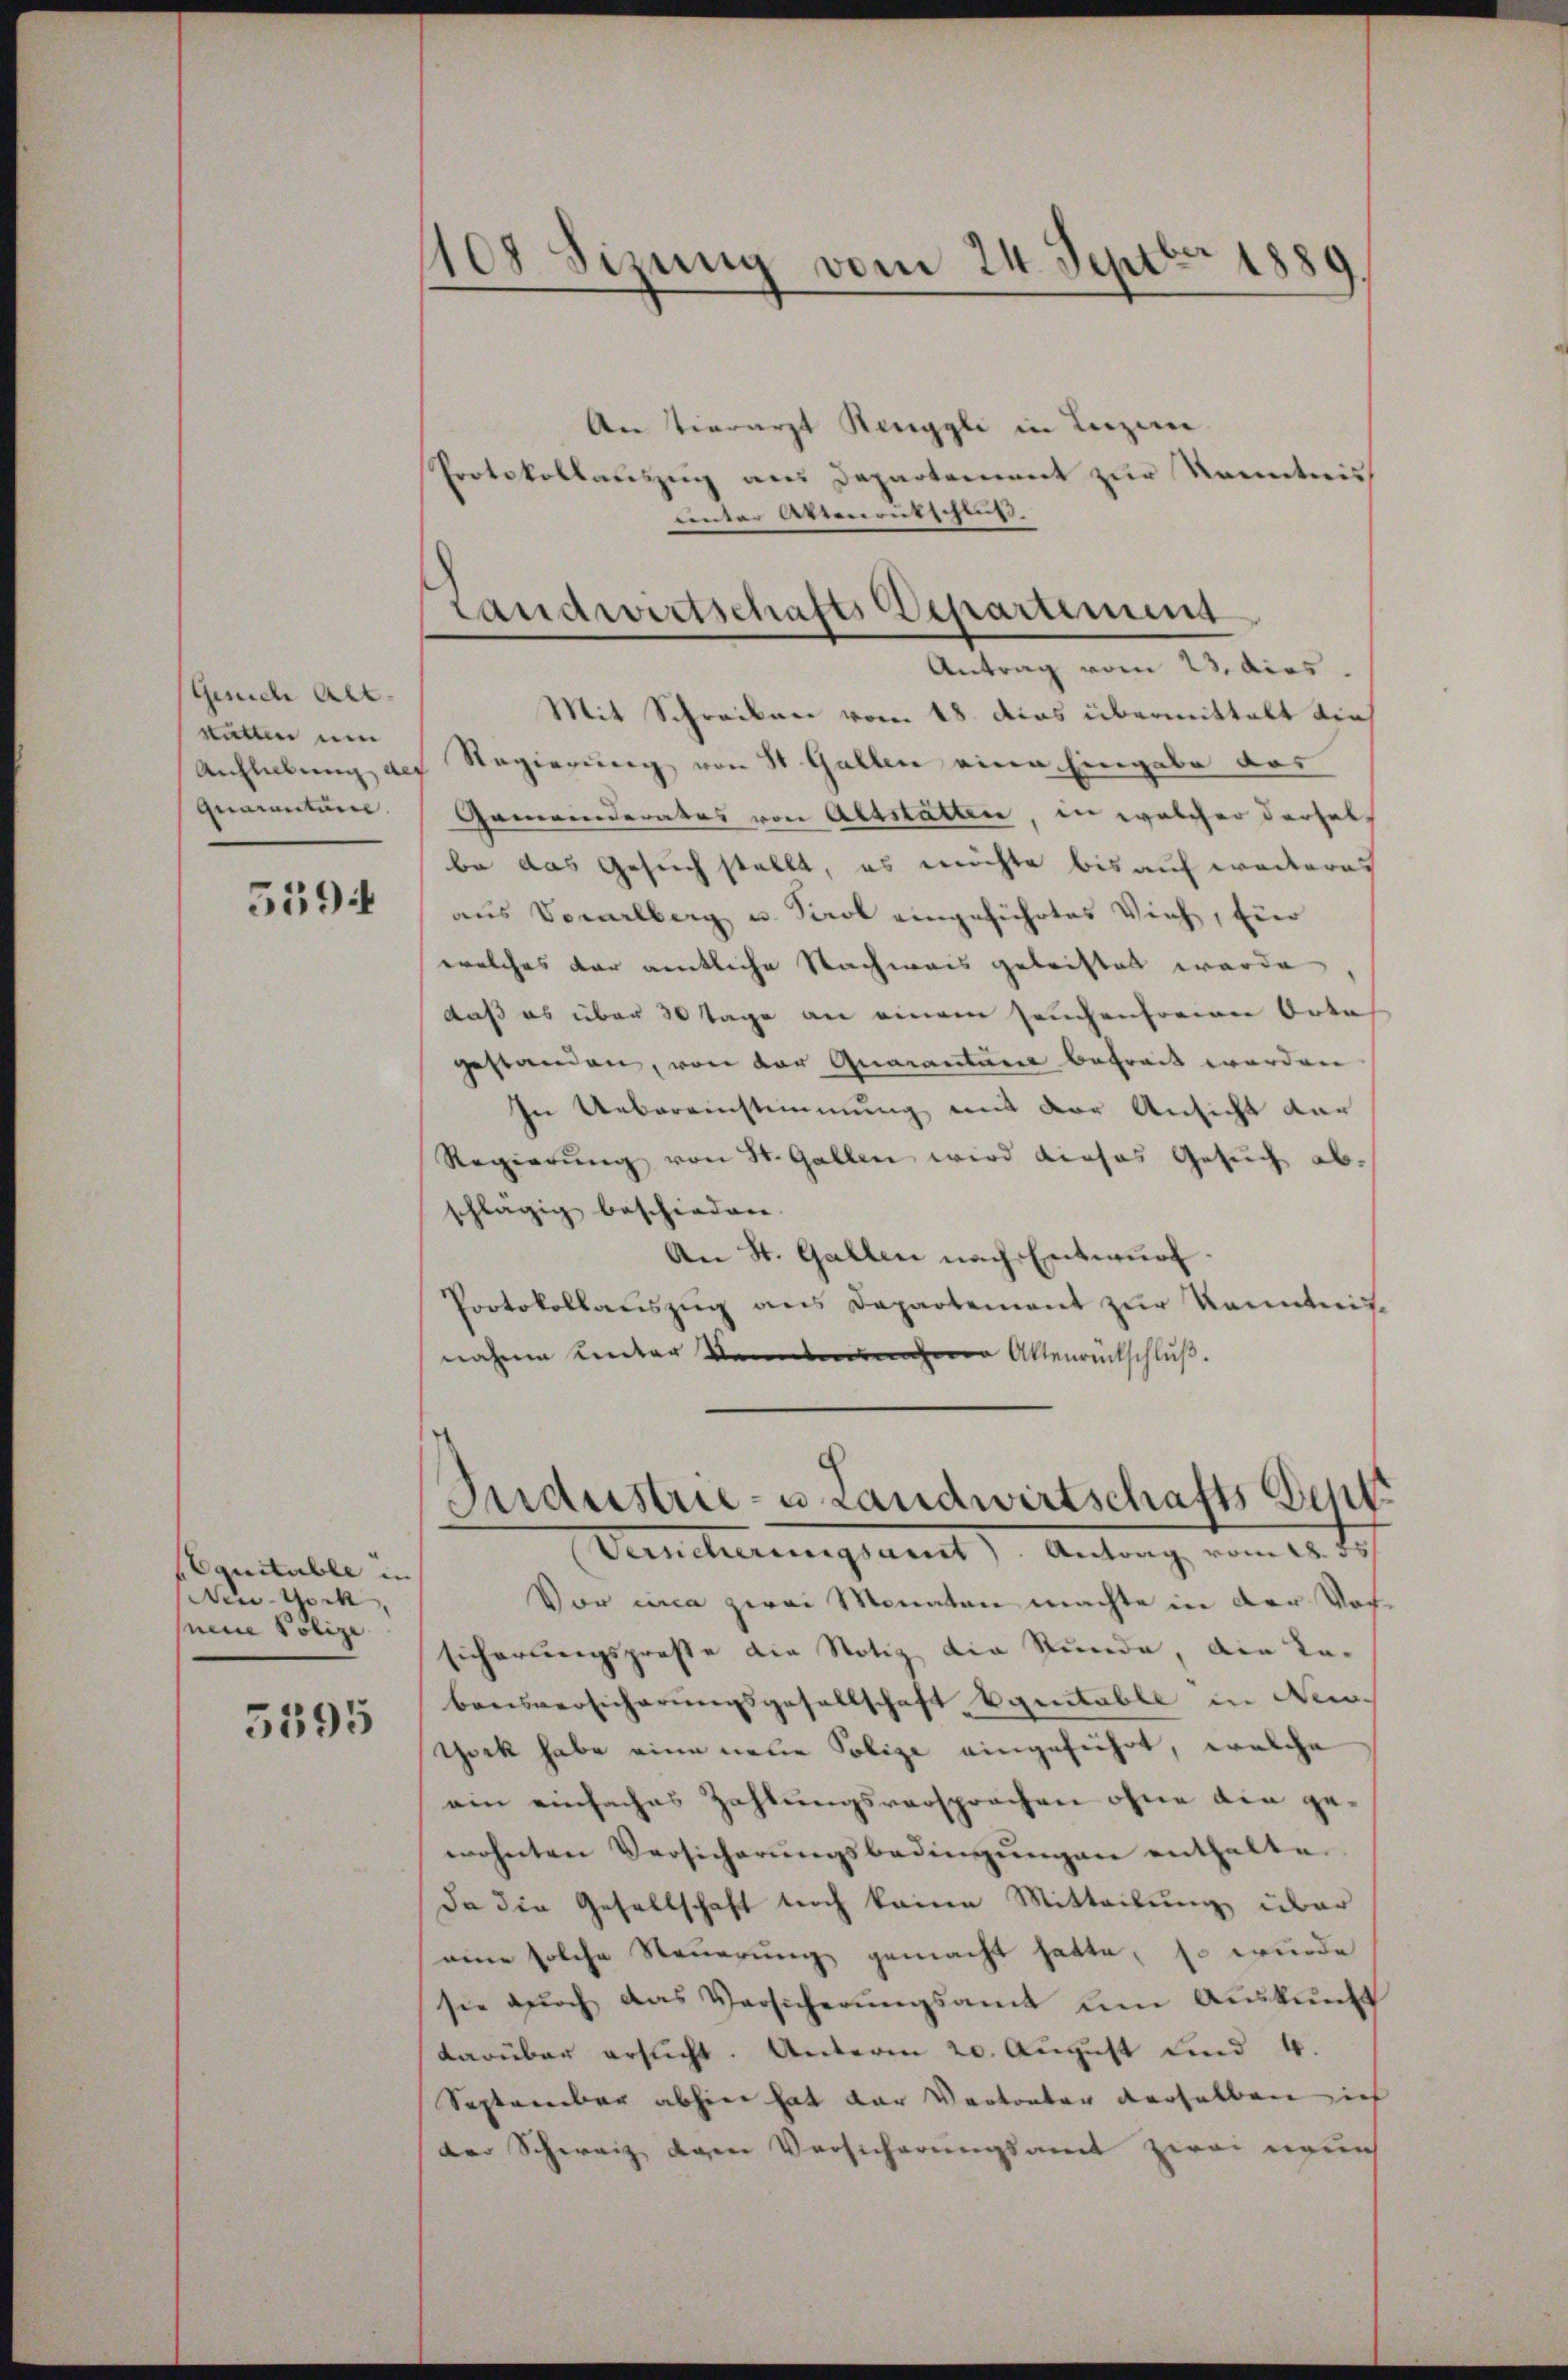
Gerich Alt-
stalten neu
quarantarie

5594

Aguitable in
Niw-York,
seine Polize

5395

108 Sizung vom 24. Septbr.
1889.

An Tierarzt Renggli in Luzer
Protokollauszug aus Departement zur Kenntnis
unter Aktenrutschens
Antrag vom 22. dies
Mit Schreiben vom 18. das übermittelt die
Anhlübung des Regierung von St. Gallen eine Eingabe das
Gemeinderates von Altstatten, in welcher dersel,
be das Gesuch stellt, es möchte bis auf weiteres
aus Vorarlberg u. Perol eingeführtes Vieh, für
welches der amtliche Nachweis geleistet werde
daß es über 30 Tage an einem heuchenfreiren Orte
gestanden, von der Quarantane betreit werden
In Uebereinstimmung mit der Ansicht dar
Regierung von St. Gallen wird dieses Gesuch ab.
schlägig beschieden.
An St. Gallen nach Entwurf.
Protokollaŭszŭg ans Departement zŭr Kenntnis-
nahme ander denen Attenrückschluß.

Landwirtschafts Departement

Sndustrie- u Landwirtschafts Sept

Verneherungsamt. Antrag vom 18. 55
Vor una zwei Monaten machte in der Vorsicherungsprose die Notiz die Stunde, die Tabonsversicherungsgesellschaft Equitable in Nein.
tock habe eine neue Polize eingeführt, welche
ein einfaches Zahlungsversprochen ohne die gewohnten Versicherŭngsbedingŭngen enthalte.
da die Gesellschaft noch keine Mitteilung über
eine solche Steuerung gemacht hatte, so wurde
sie durch das Versicherungsamt um Auskunft
darüber ersucht. Unterm 20. August und 4.
September abhier hat der Vortanter derselben ich
der Schweiz egen Versicherungsamt zwei neues